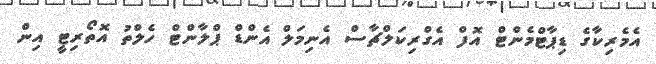
އެމެރިކާގެ ޑިޕާޓްމެންޓް އޮފް އެގްރިކަލްޗާސް އެނިމަލް އެންޑް ޕްލާންޓް ހެލްތު އޮތޯރިޓީ އިން